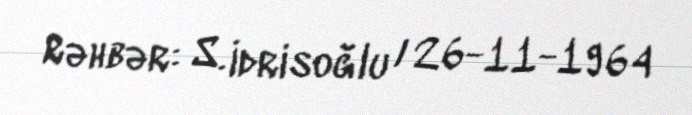
Rəhbər: S. İdrisoğlu / 26-11-1964